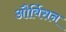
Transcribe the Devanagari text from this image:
और्बिसन